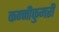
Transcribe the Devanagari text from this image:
कन्नीकुमरी